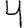
Digit: 4